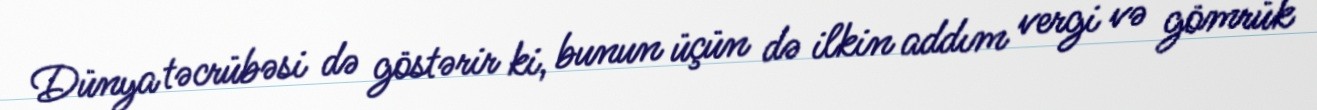
Dünya təcrübəsi də göstərir ki, bunun üçün də ilkin addım vergi və gömrük